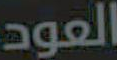
العود